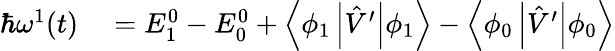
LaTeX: \begin{array}{rl}{\hbar\omega^{1}(t)}&{{}=E_{1}^{0}-E_{0}^{0}+\left\langle\phi_{1}\left|\hat{V}^{\prime}\right|\phi_{1}\right\rangle-\left\langle\phi_{0}\left|\hat{V}^{\prime}\right|\phi_{0}\right\rangle}\end{array}